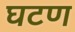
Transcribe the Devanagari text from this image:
घटण